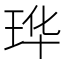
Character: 𮴔